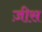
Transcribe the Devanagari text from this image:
ज़ीस